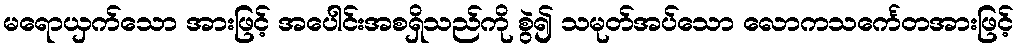
မရောယှက်သော အားဖြင့် အပေါင်းအစရှိသည်ကို စွဲ၍ သမုတ်အပ်သော လောကသင်္ကေတအားဖြင့်